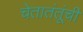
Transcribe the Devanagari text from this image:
चेतातंतूंची